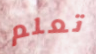
تعلم